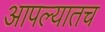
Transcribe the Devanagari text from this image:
आपल्यातच